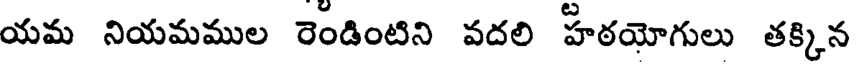
యమ నియమముల రెండింటిని వదలి హఠయోగులు తక్కిన